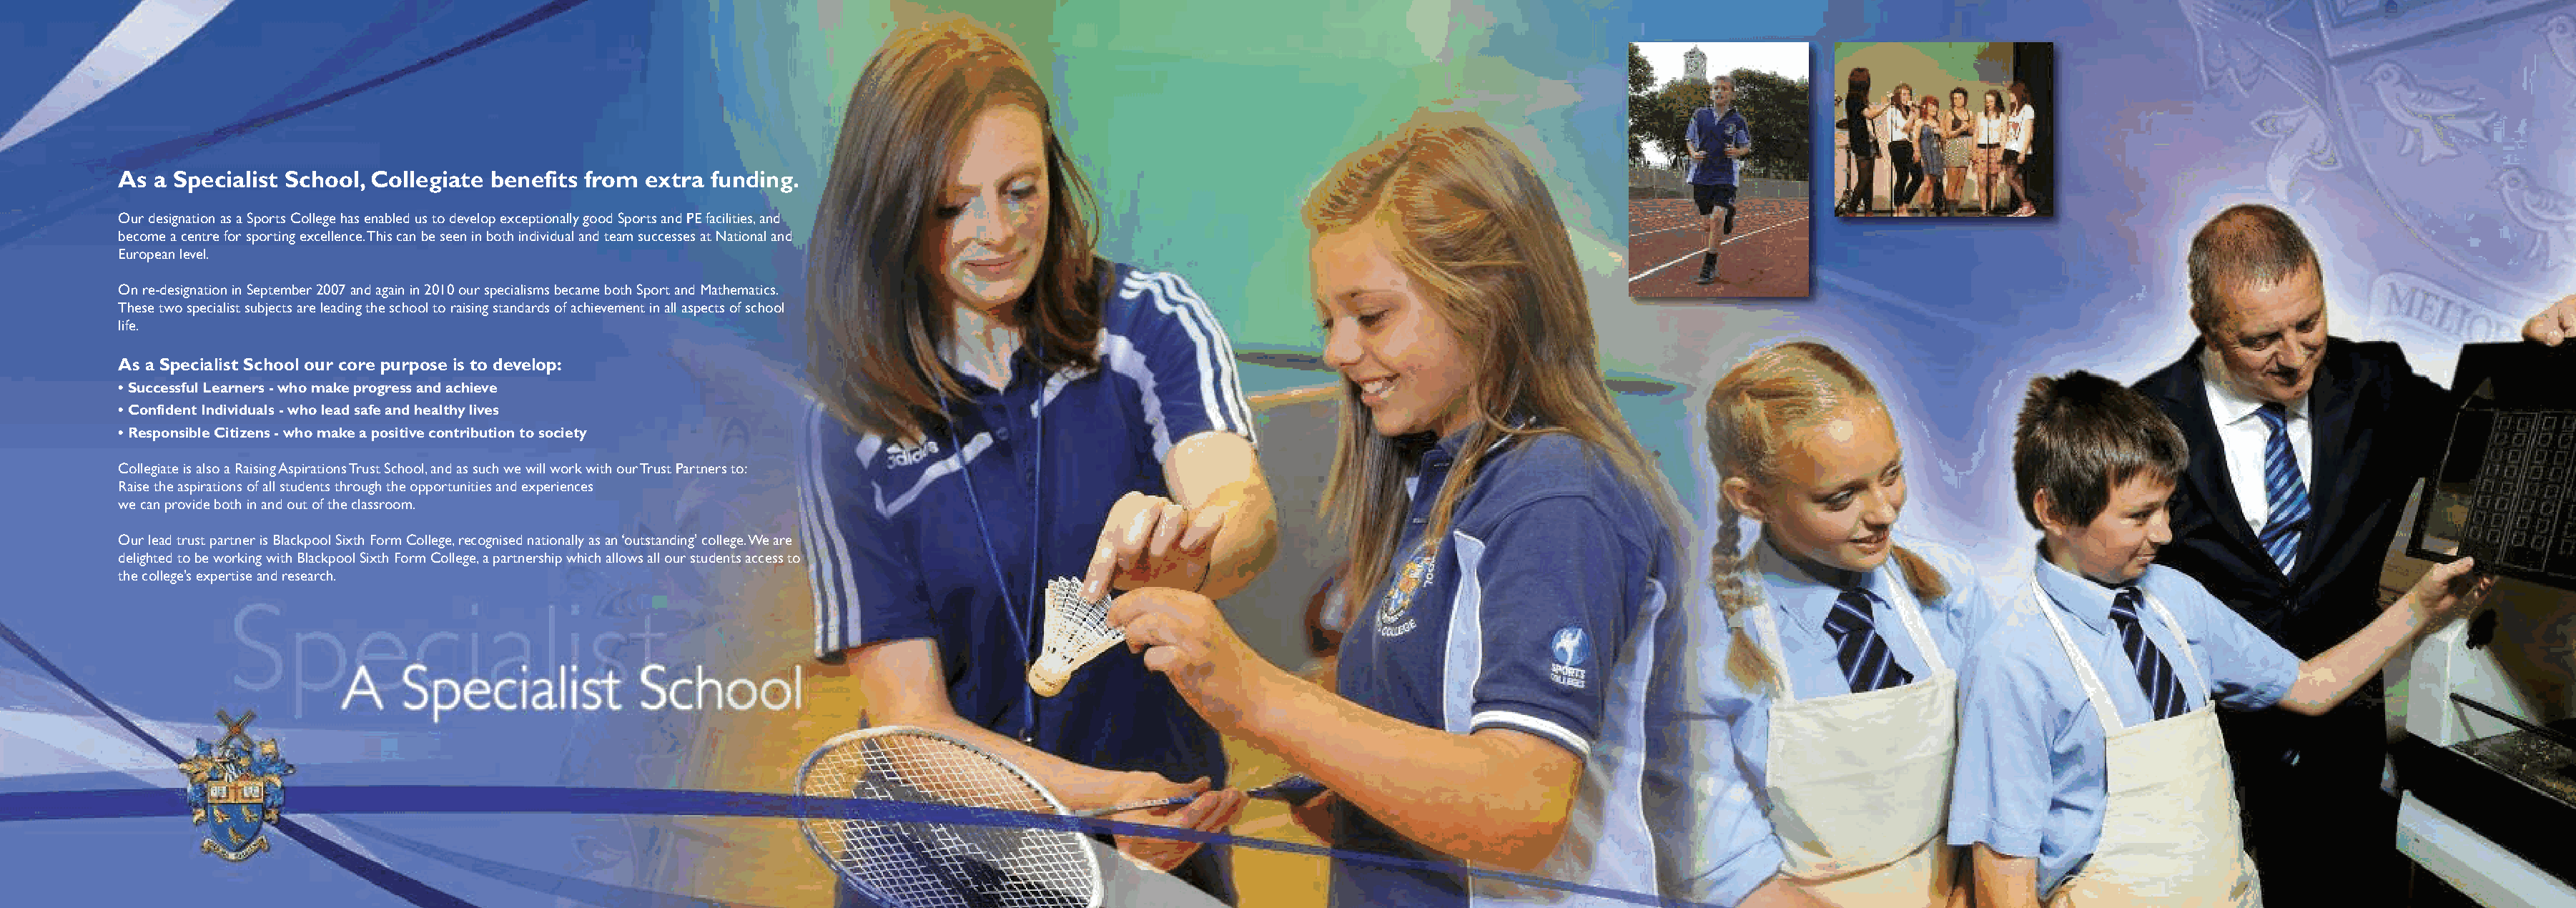
As a Specialist School, Collegiate benefits from extra funding.
 Our designation as a Sports College has enabled us to develop exceptionally good Sports and PE facilities, and
 become a centre for sporting excellence. This can be seen in both individual and team successes at National and
 European level.
 On re-designation in September 2007 and again in 2010 our specialisms became both Sport and Mathematics.
 These two specialist subjects are leading the school to raising standards of achievement in all aspects of school
 life.
 As a Specialist School our core purpose is to develop:
 • Successful Learners - who make progress and achieve
 • Confident Individuals - who lead safe and healthy lives
 • Responsible Citizens - who make a positive contribution to society
 Collegiate is also a Raising Aspirations Trust School, and as such we will work with our Trust Partners to:
 Raise the aspirations of all students through the opportunities and experiences
 we can provide both in and out of the classroom.
 Our lead trust partner is Blackpool Sixth Form College, recognised nationally as an ‘outstanding’ college. We are
 delighted to be working with Blackpool Sixth Form College, a partnership which allows all our students access to
 the college’s expertise and research.